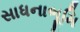
સાધનાભૂમિ